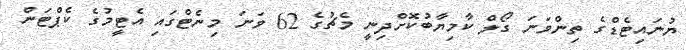
ޔުނައިޓެޑްގެ ތިންވަނަ ގޯލް ކާމިޔާބުކޮށްދިނީ މެޗުގެ 62 ވަނަ މިނެޓްގައި އެޓީމުގެ ކެޕްޓަން